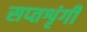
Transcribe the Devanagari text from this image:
सप्‍तशृंगी